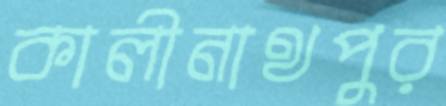
কালীনাথপুর